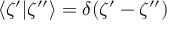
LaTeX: \langle \zeta ^ { \prime } | \zeta ^ { \prime \prime } \rangle = \delta ( \zeta ^ { \prime } - \zeta ^ { \prime \prime } )